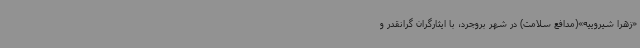
«زهرا شیروییه»(مدافع سلامت) در شهر بروجرد، با ایثارگران گرانقدر و